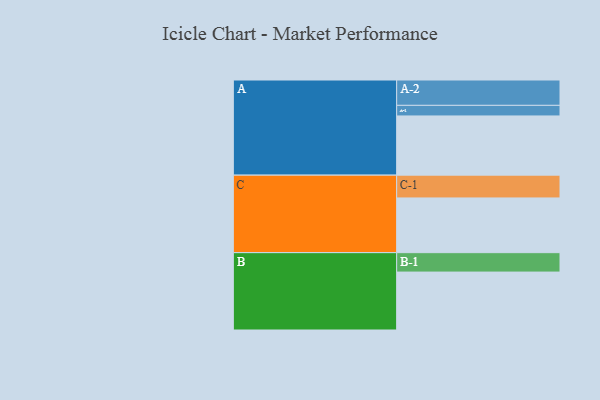
{"axis": {"x": "Segment", "y": "Value"}, "legend": ["", "A", "B", "C"], "data": [{"x": "A", "y": 369, "type": ""}, {"x": "B", "y": 361, "type": ""}, {"x": "C", "y": 341, "type": ""}, {"x": "A-1", "y": 66, "type": "A"}, {"x": "A-2", "y": 158, "type": "A"}, {"x": "B-1", "y": 121, "type": "B"}, {"x": "C-1", "y": 142, "type": "C"}]}